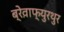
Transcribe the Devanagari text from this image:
ब्रेव़ाफ्युरथुर